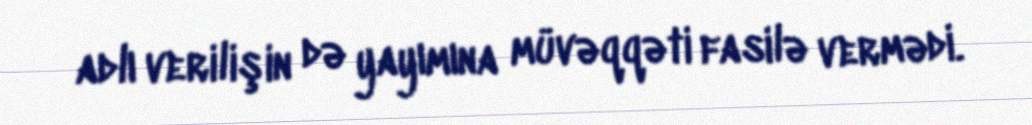
adlı verilişin də yayımına müvəqqəti fasilə vermədi.